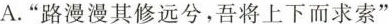
A.”路漫漫其修远兮，吾将上下而求索”